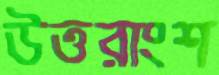
উত্তরাংশ